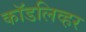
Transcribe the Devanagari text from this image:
कॉडलिव्हर